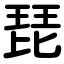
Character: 琵